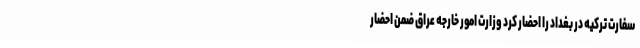
سفارت ترکیه در بغداد را احضار کرد وزارت امور خارجه عراق ضمن احضار